Scottish Certificate of Education, 1962
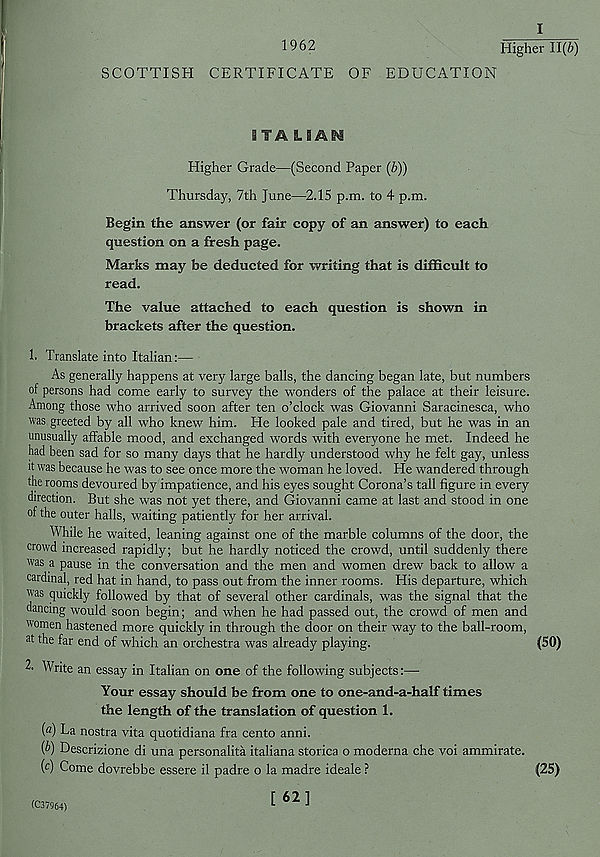
I
1962
Higher 11(6)
SCOTTISH CERTIFICATE OF EDUCATION
ITALIAN
Higher Grade—(Second Paper (b))
Thursday, 7th June—2.15 p.m. to 4 p.m.
Begin the answer (or fair copy of an answer) to each
question on a fresh page.
Marks may be deducted for writing that is difficult to
read.
The value attached to each question is shown in
brackets after the question.
1. Translate into Italian:—
As generally happens at very large balls, the dancing began late, but numbers
of persons had come early to survey the wonders of the palace at their leisure.
Among those who arrived soon after ten o’clock was Giovanni Saracinesca, who
was greeted by all who knew him. He looked pale and tired, but he was in an
unusually affable mood, and exchanged words with everyone he met. Indeed he
had been sad for so many days that he hardly understood why he felt gay, unless
it was because he was to see once more the woman he loved. He wandered through
the rooms devoured by impatience, and his eyes sought Corona’s tall figure in every
direction. But she was not yet there, and Giovanni came at last and stood in one
of the outer halls, waiting patiently for her arrival.
While he waited, leaning against one of the marble columns of the door, the
crowd increased rapidly; but he hardly noticed the crowd, until suddenly there
was a pause in the conversation and the men and women drew back to allow a
cardinal, red hat in hand, to pass out from the inner rooms. His departure, which
U'as quickly followed by that of several other cardinals, was the signal that the
dancing would soon begin; and when he had passed out, the crowd of men and
"omen hastened more quickly in through the door on their way to the ball-room,
at the far end of which an orchestra was already playing.
(50)
2- Write an essay in Italian on one of the following subjects:—-
Your essay should be from one to one-and-a-half times
the length of the translation of question 1.
[a) La nostra vita quotidiana fra cento anni.
{b) Descrizione di una personalita italiana storica o moderna che voi ammirate.
( c ) Come dovrebbe essere il padre o la madre ideale ?
(25)
[ 62]
(C37964)